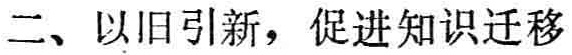
二、以旧引新，促进知识迁移